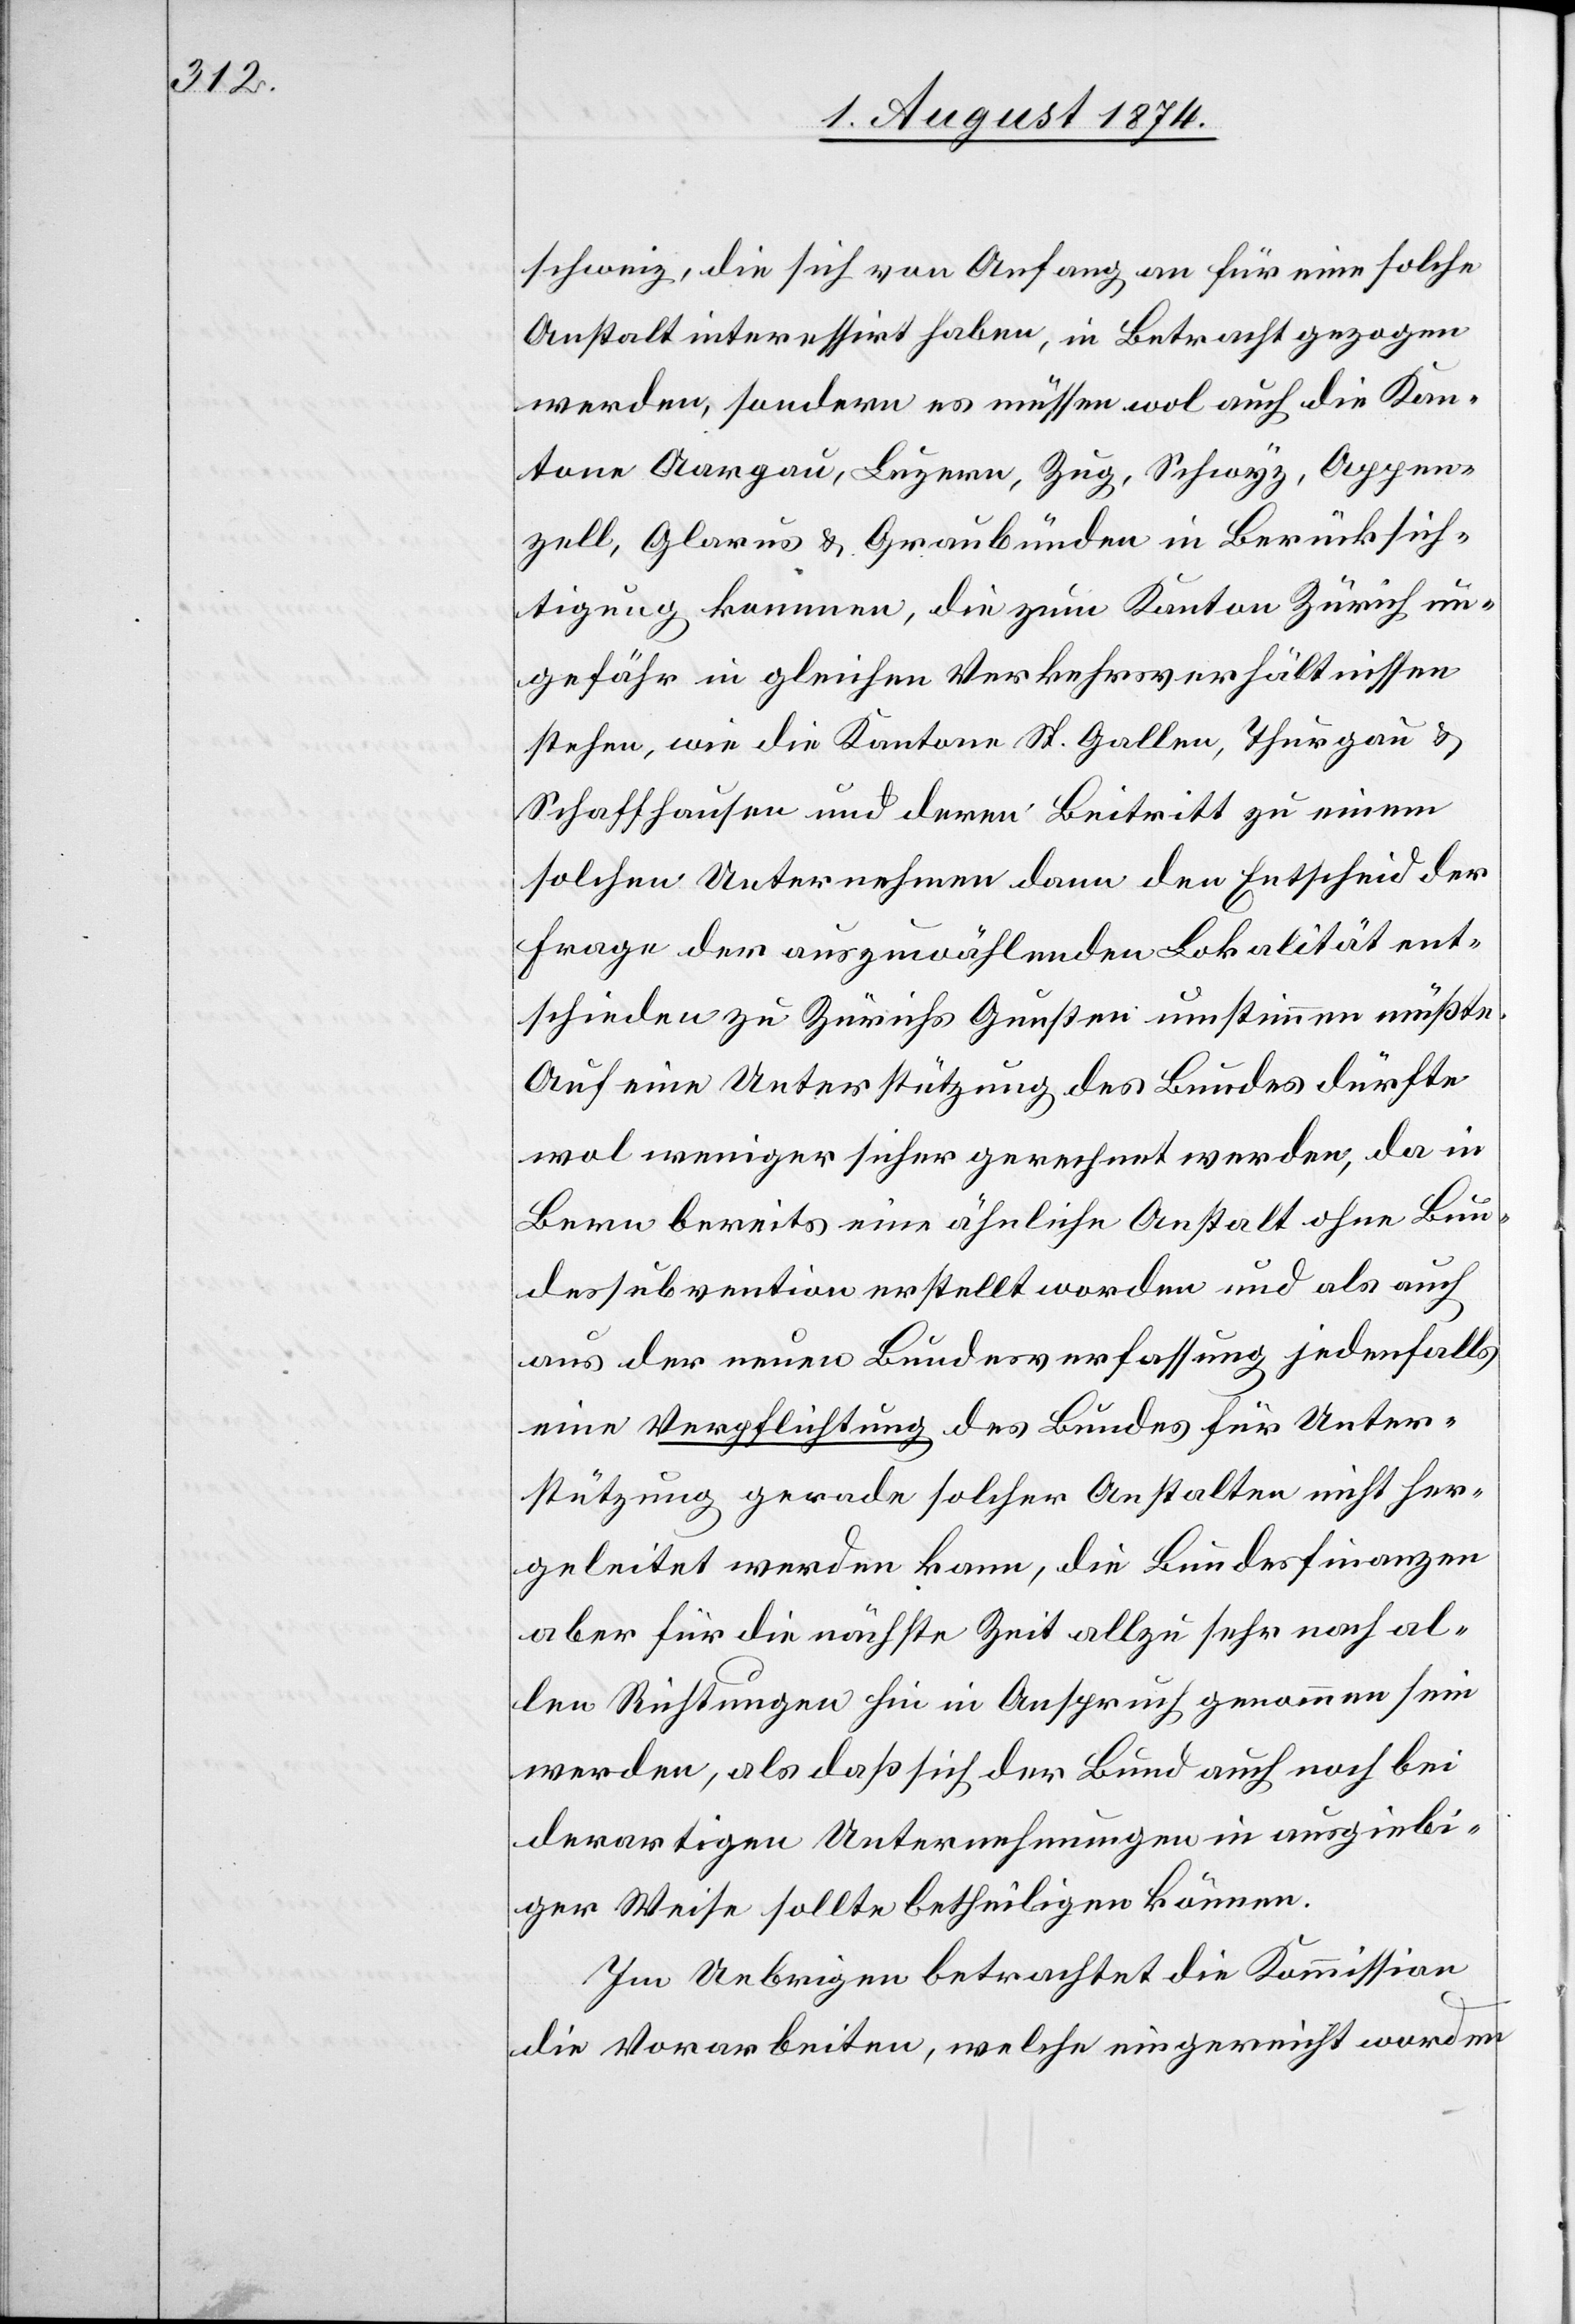
schweiz, die sich von Anfang an für eine solche
Anstalt interessirt haben, in Betracht gezogen
werden, sondern es müssen wol auch die Kan¬
tone Aargau, Luzern, Zug, Schwyz, Appen¬
zell, Glarus u. Graubünden in Berücksich¬
tigung kommen, die zum Kanton Zürich un¬
gefähr in gleichen Verkehrsverhältnissen
stehen, wie die Kantone St. Gallen, Thurgau u.
Schaffhausen und deren Beitritt zu einem
solchen Unternehmen dann den Entscheid der
Frage der auszuwählenden Lokalität ent¬
schieden zu Zürichs Gunsten umstimmen müßte.
Auf eine Unterstützung des Bundes dürfte
wol weniger sicher gerechnet werden, da in
Bern bereits eine ähnliche Anstalt ohne Bun¬
dessubvention erstellt worden und als auch
aus der neuen Bundesverfassung jedenfalls
eine Verpflichtung des Bundes für Unter¬
stützung gerade solcher Anstalten nicht her¬
geleitet werden kann, die Bundesfinanzen
aber für die nächste Zeit allzu sehr nach al¬
len Richtungen hin in Anspruch genommen sein
werden, als daß sich der Bund auch noch bei
derartigen Unternehmungen in ausgiebi¬
ger Weise sollte betheiligen können.
Im Uebrigen betrachtet die Kommission
die Vorarbeiten, welche eingereicht worden